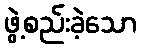
ဖွဲ့စည်းခဲ့သော